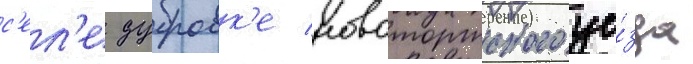
с'ел'е дубровк'е новоторжского уе́зда